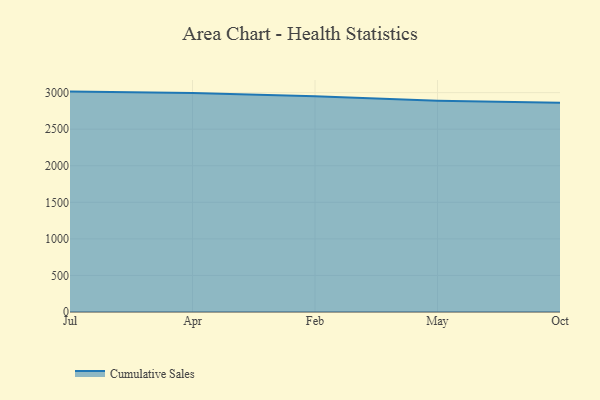
{"axis": {"x": "Month", "y": "Revenue (USD Million)"}, "legend": ["Cumulative Sales"], "data": [{"x": "Jul", "y": 3014.0, "type": "Cumulative Sales"}, {"x": "Apr", "y": 2995.3, "type": "Cumulative Sales"}, {"x": "Feb", "y": 2951.1, "type": "Cumulative Sales"}, {"x": "May", "y": 2889.2, "type": "Cumulative Sales"}, {"x": "Oct", "y": 2861.3, "type": "Cumulative Sales"}]}